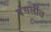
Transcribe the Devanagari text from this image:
दंगलींत